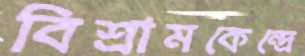
বিশ্রামকেন্দ্রে